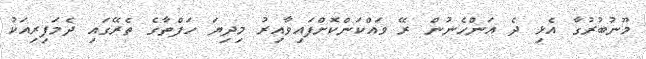
މޫނުބުރުގާ އެޅި ދެ އަންހެނުން ރޭ ވައްކަންކޮށްފައިވާއިރު މިދިޔަ ހަފްތާގެ ތެރޭގައި ދެމަފިރިއަކު